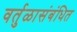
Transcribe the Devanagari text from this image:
वर्तुळासंबंधित